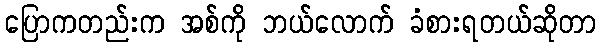
ပြောကတည်းက အစ်ကို ဘယ်လောက် ခံစားရတယ်ဆိုတာ